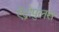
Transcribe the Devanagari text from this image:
ऐंद्रोपुलस